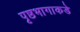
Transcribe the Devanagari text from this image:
पृष्ठभागाकडे